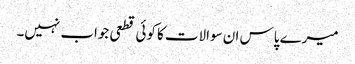
میرے پاس ان سوالات کا کوئی قطعی جواب نہیں۔